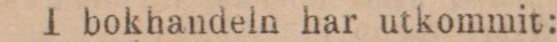
I bokhandeln har utkommit: